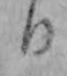
日